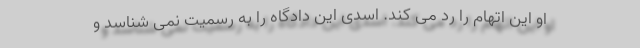
او این اتهام را رد می کند. اسدی این دادگاه را به رسمیت نمی شناسد و